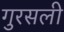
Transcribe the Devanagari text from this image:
गुरसली